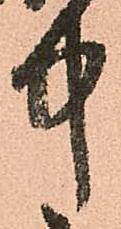
中